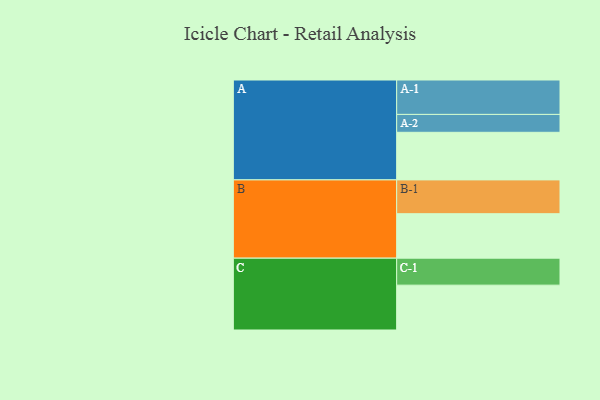
{"axis": {"x": "Segment", "y": "Value"}, "legend": ["", "A", "B", "C"], "data": [{"x": "A", "y": 383, "type": ""}, {"x": "B", "y": 358, "type": ""}, {"x": "C", "y": 361, "type": ""}, {"x": "A-1", "y": 277, "type": "A"}, {"x": "A-2", "y": 144, "type": "A"}, {"x": "B-1", "y": 272, "type": "B"}, {"x": "C-1", "y": 217, "type": "C"}]}